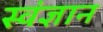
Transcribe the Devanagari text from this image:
स्वंज्ञान